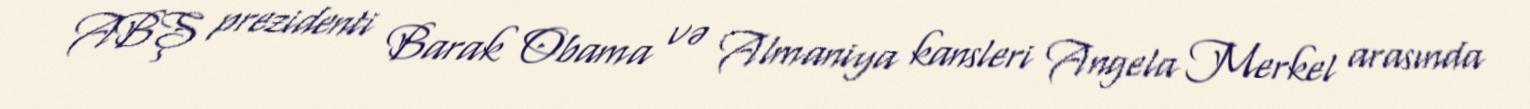
ABŞ prezidenti Barak Obama və Almaniya kansleri Angela Merkel arasında